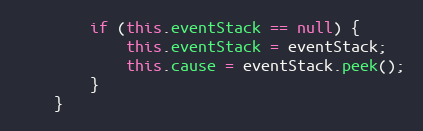
Language: Java
        if (this.eventStack == null) {
            this.eventStack = eventStack;
            this.cause = eventStack.peek();
        }
    }